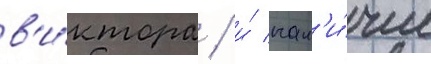
в'и́ктора / и́ нал'и́чие